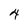
Character: 4